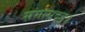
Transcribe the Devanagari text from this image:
समासदत्॥